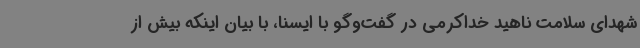
شهدای سلامت ناهید خداکرمی در گفت‌وگو با ایسنا، با بیان اینکه بیش از